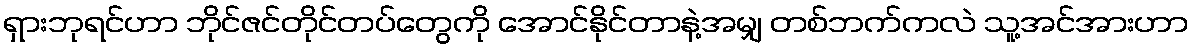
ရှားဘုရင်ဟာ ဘိုင်ဇင်တိုင်တပ်တွေကို အောင်နိုင်တာနဲ့အမျှ တစ်ဘက်ကလဲ သူ့အင်အားဟာ